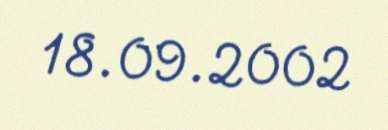
18.09.2002